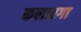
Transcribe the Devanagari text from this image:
कलारगा